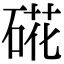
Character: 硴